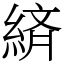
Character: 緕